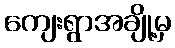
ကျေးရွာအချို့မှ